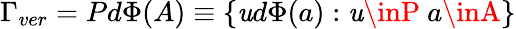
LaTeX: \Gamma_{ver}=Pd\Phi(A)\equiv\{ \mathit{u}d\Phi(a):\mathit{u}\inP\ a\inA\}